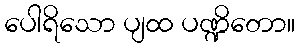
ပေါရိသော ပျထ ပဏ္ဍိတော။